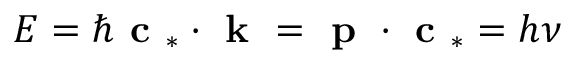
E = \hbar \textbf { c } _ { * } \cdot \textbf { k } = \textbf { p } \cdot \textbf { c } _ { * } = h \nu